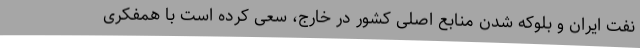
نفت ایران و بلوکه شدن منابع اصلی کشور در خارج، سعی کرده است با همفکری